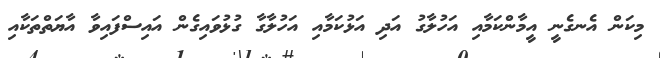
މިކަން އެނގެނީ އީމާންކަމާއި އަހުލާގު އަދި އަޅުކަމާއި އަހުލާގާ ގުޅުވައިގެން އައިސްފައިވާ އާޔަތްތަކާއި